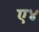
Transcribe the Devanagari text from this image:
ए४